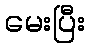
မေးပြီး